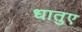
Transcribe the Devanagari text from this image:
धातुए